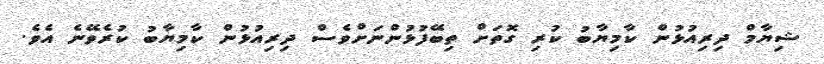
ޝިޔާމް ދިރިއުޅުން ކާމިޔާބު ކުރި ގޮތަށް ތިބޭފުޅުންނަށްވެސް ދިރިއުޅުން ކާމިޔާބު ކުރެވޭނެ އެެވެ.